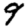
Digit: 9